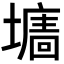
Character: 𡒅